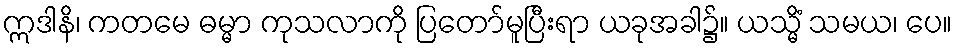
ဣဒါနိ၊ ကတမေ ဓမ္မာ ကုသလာကို ပြတော်မူပြီးရာ ယခုအခါ၌။ ယသ္မိံ သမယ၊ ပေ။